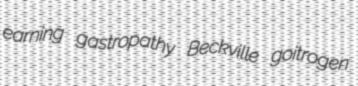
earning gastropathy Beckville goitrogen